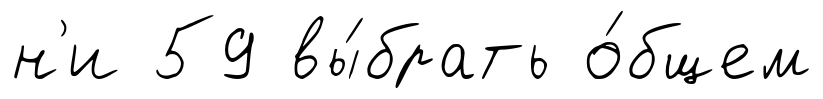
н'и 59 вы́брать о́бщем